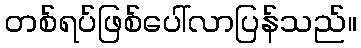
တစ်ရပ်ဖြစ်ပေါ်လာပြန်သည်။